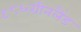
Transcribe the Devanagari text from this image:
९८६ग्रीनलैंड